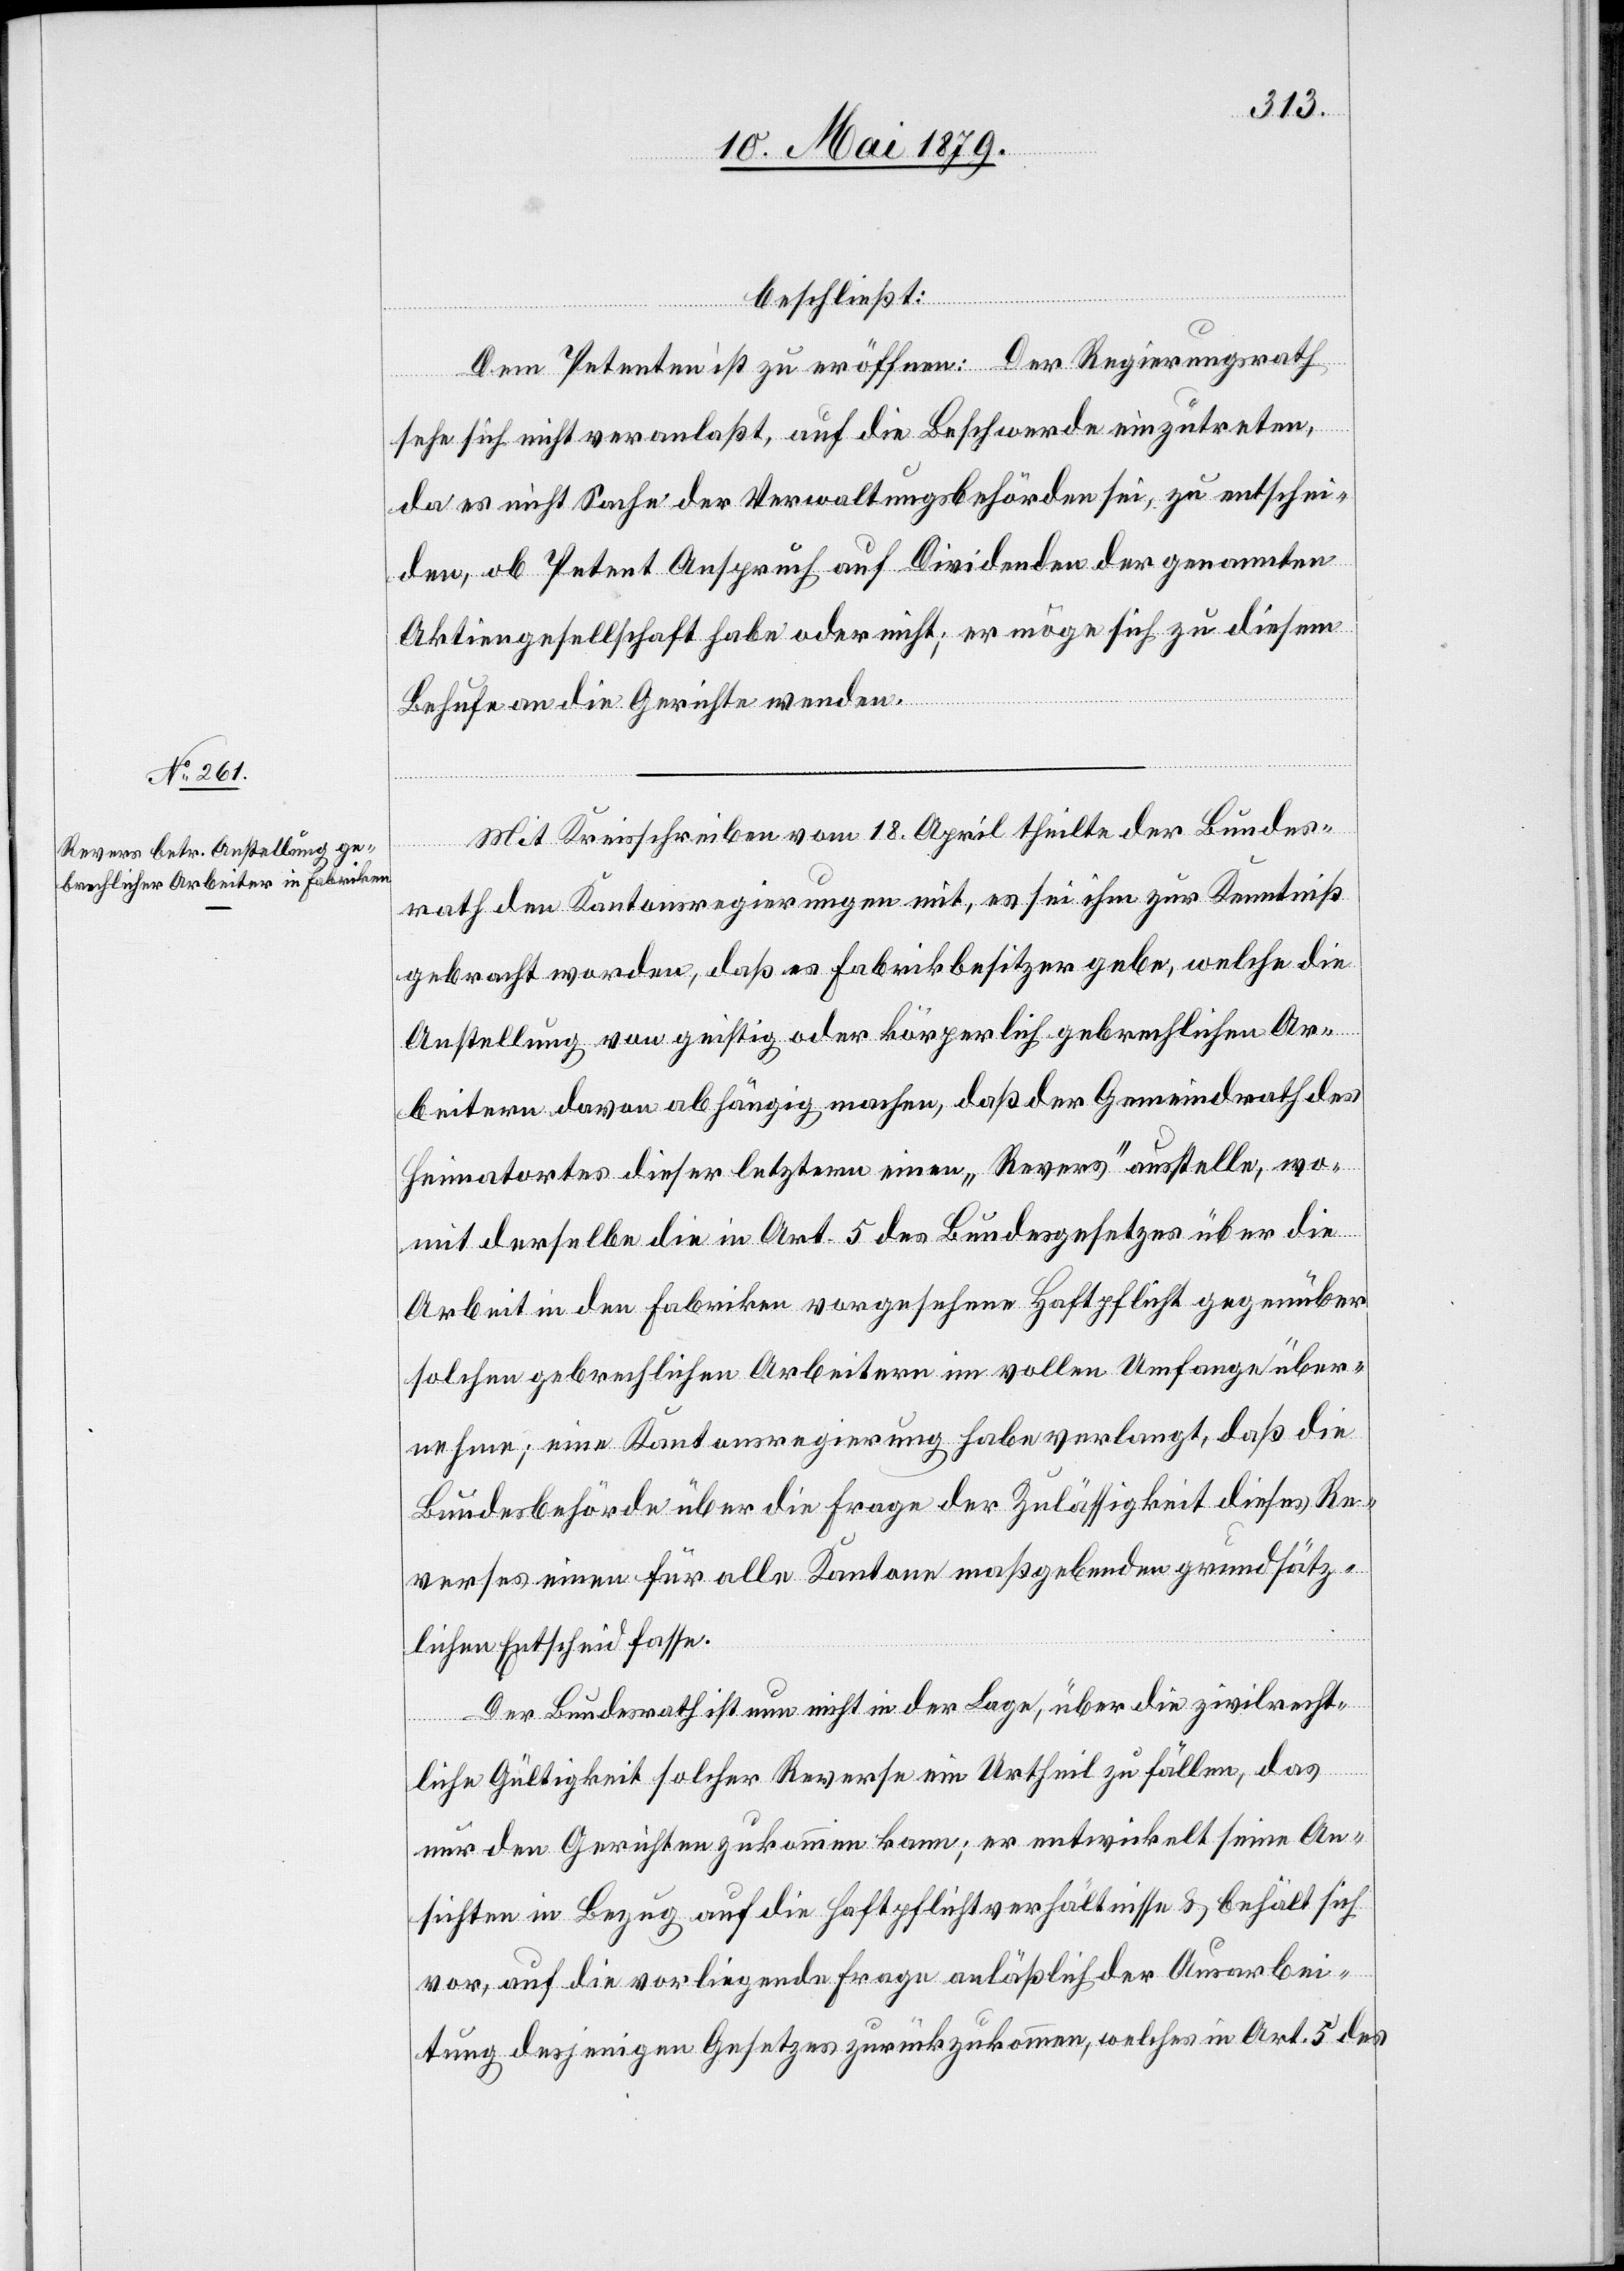
beschließt:
Dem Petenten ist zu eröffnen: Der Regierungsrath
sehe sich nicht veranlaßt, auf die Beschwerde einzutreten,
da es nicht Sache der Verwaltungsbehörden sei, zu entschei¬
den, ob Petent Anspruch auf Dividenden der genannten
Aktiengesellschaft habe oder nicht; er möge sich zu diesem
Behufe an die Gerichte wenden.
Mit Kreisschreiben vom 18. April theilte der Bundes¬
rath den Kantonsregierungen mit, es sei ihm zur Kenntniß
gebracht worden, daß es Fabrikbesitzer gebe, welche die
Anstellung von geistig oder körperlich gebrechlichen Ar¬
beitern davon abhängig machen, daß der Gemeindrath des
Heimatortes dieser letztern einen „Revers“ ausstelle, wo¬
mit derselbe die in Art. 5 des Bundesgesetzes über die
Arbeit in den Fabriken vorgesehene Haftpflicht gegenüber
solchen gebrechlichen Arbeitern im vollen Umfange über¬
nehme; eine Kantonsregierung habe verlangt, daß die
Bundesbehörde über die Frage der Zulässigkeit dieses Re¬
verses einen für alle Kanton maßgebenden grundsätz¬
lichen Entscheid fasse.
Der Bundesrath ist nun nicht in der Lage, über die zivilrecht¬
liche Gültigkeit solcher Reverse ein Urtheil zu fällen, das
nur den Gerichten zukommen kann; er entwickelt seine An¬
sichten in Bezug auf die Haftpflichtverhältnisse & behält sich
vor, auf die vorliegende Frage anläßlich der Ausarbei¬
tung desjenigen Gesetzes zurückzukommen, welches in Art. 5 des